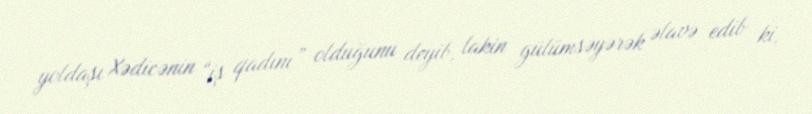
yoldaşı Xədicənin “iş qadını” olduğunu deyib, lakin gülümsəyərək əlavə edib ki,